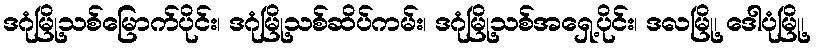
ဒဂုံမြို့သစ်မြောက်ပိုင်း၊ ဒဂုံမြို့သစ်ဆိပ်ကမ်း၊ ဒဂုံမြို့သစ်အရှေ့ပိုင်း၊ ဒလမြို့၊ ဒေါပုံမြို့၊